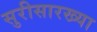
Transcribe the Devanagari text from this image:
सुरीसारख्या